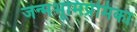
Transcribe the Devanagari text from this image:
जन्मभूमिप्रेमिका